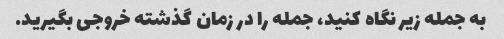
به جمله زیر نگاه کنید، جمله را در زمان گذشته خروجی بگیرید.